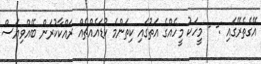
އޭގެތެރޭގައި :- - މީހަކު މީހެއްގެ އަތުގައި ކިތަންމެ ކުޑައެއްޗެއް ރައްކާކުރަން ބޭއްވިޔަސް